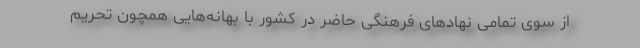
از سوی تمامی نهادهای فرهنگی حاضر در کشور با بهانه‌هایی همچون تحریم